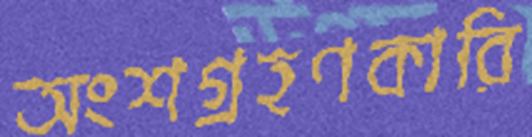
অংশগ্রহণকারি